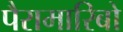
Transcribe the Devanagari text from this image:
पैरामारिबो